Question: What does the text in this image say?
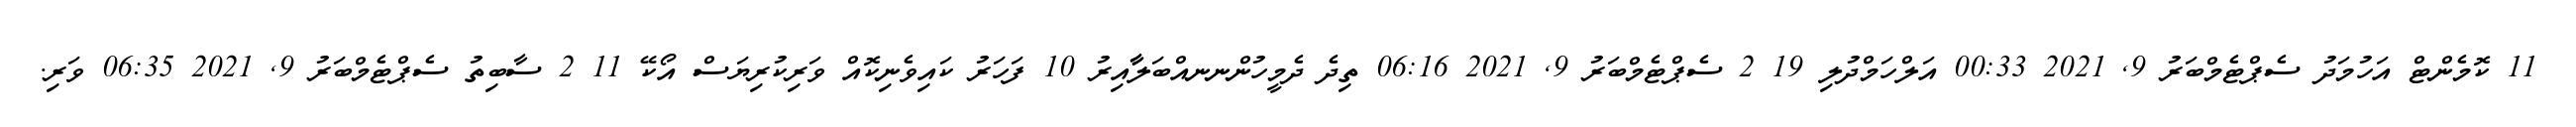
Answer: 11 ކޮމެންޓް އަހުމަދު ސެޕްޓެމްބަރު 9, 2021 00:33 އަލްހަމްދުލި 19 2 ސެޕްޓެމްބަރު 9, 2021 06:16 ތިދެ ދެމީހުންނނއްބަލާާއިރު 10 ފަހަރު ކައިވެނިކޮއް ވަރިކުރިޔަސް އޯކޭ 11 2 ސާބިތު ސެޕްޓެމްބަރު 9, 2021 06:35 ވަރި.